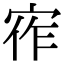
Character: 宱